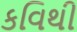
કવિથી